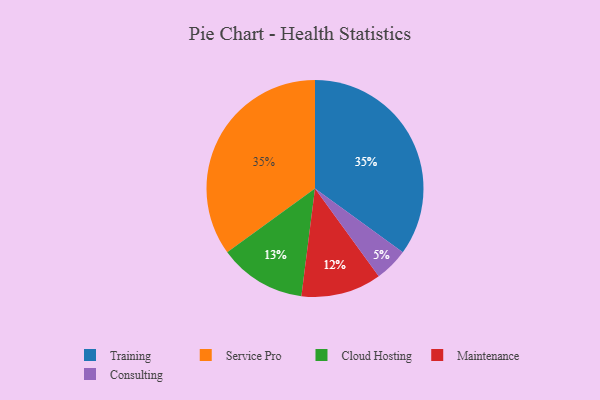
{"axis": {"x": "Category", "y": "Percentage"}, "legend": ["Cloud Hosting", "Consulting", "Maintenance", "Service Pro", "Training"], "data": [{"x": "Cloud Hosting", "y": 13, "type": "Cloud Hosting"}, {"x": "Maintenance", "y": 12, "type": "Maintenance"}, {"x": "Training", "y": 35, "type": "Training"}, {"x": "Consulting", "y": 5, "type": "Consulting"}, {"x": "Service Pro", "y": 35, "type": "Service Pro"}]}